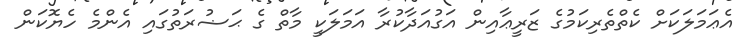
އެޢަމަލަކަށް ކެތްތެރިކަމުގެ ޒަރީޢާއިން އަގުއަދާކުރާ އަމަލަކީ މާތް ގެ ޙަޟުރަތުގައި އެންމެ ހެޔޮކަން